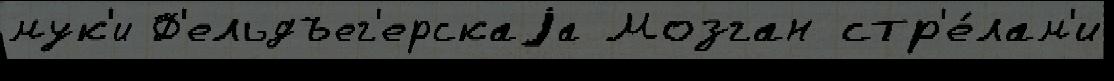
мук'и Ф'ельдъег'ерскаjа Мозган стр'е́лам'и